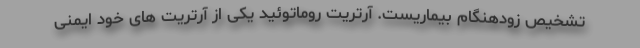
تشخیص زودهنگام بیماریست. آرتریت روماتوئید یکی از آرتریت های خود ایمنی